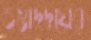
ওস্তাদদ্বয়ের